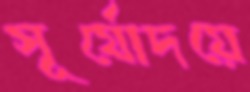
সূর্যোদয়ে